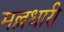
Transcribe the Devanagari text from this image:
मल्लधारी